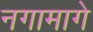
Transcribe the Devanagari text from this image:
नगामागे